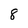
Character: 8